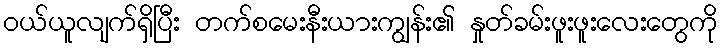
ဝယ်ယူလျက်ရှိပြီး တက်စမေးနီးယားကျွန်း၏ နှုတ်ခမ်းဖူးဖူးလေးတွေကို